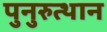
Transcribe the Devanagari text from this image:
पुनुरुत्थान